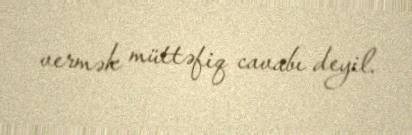
vermək müttəfiq cavabı deyil.